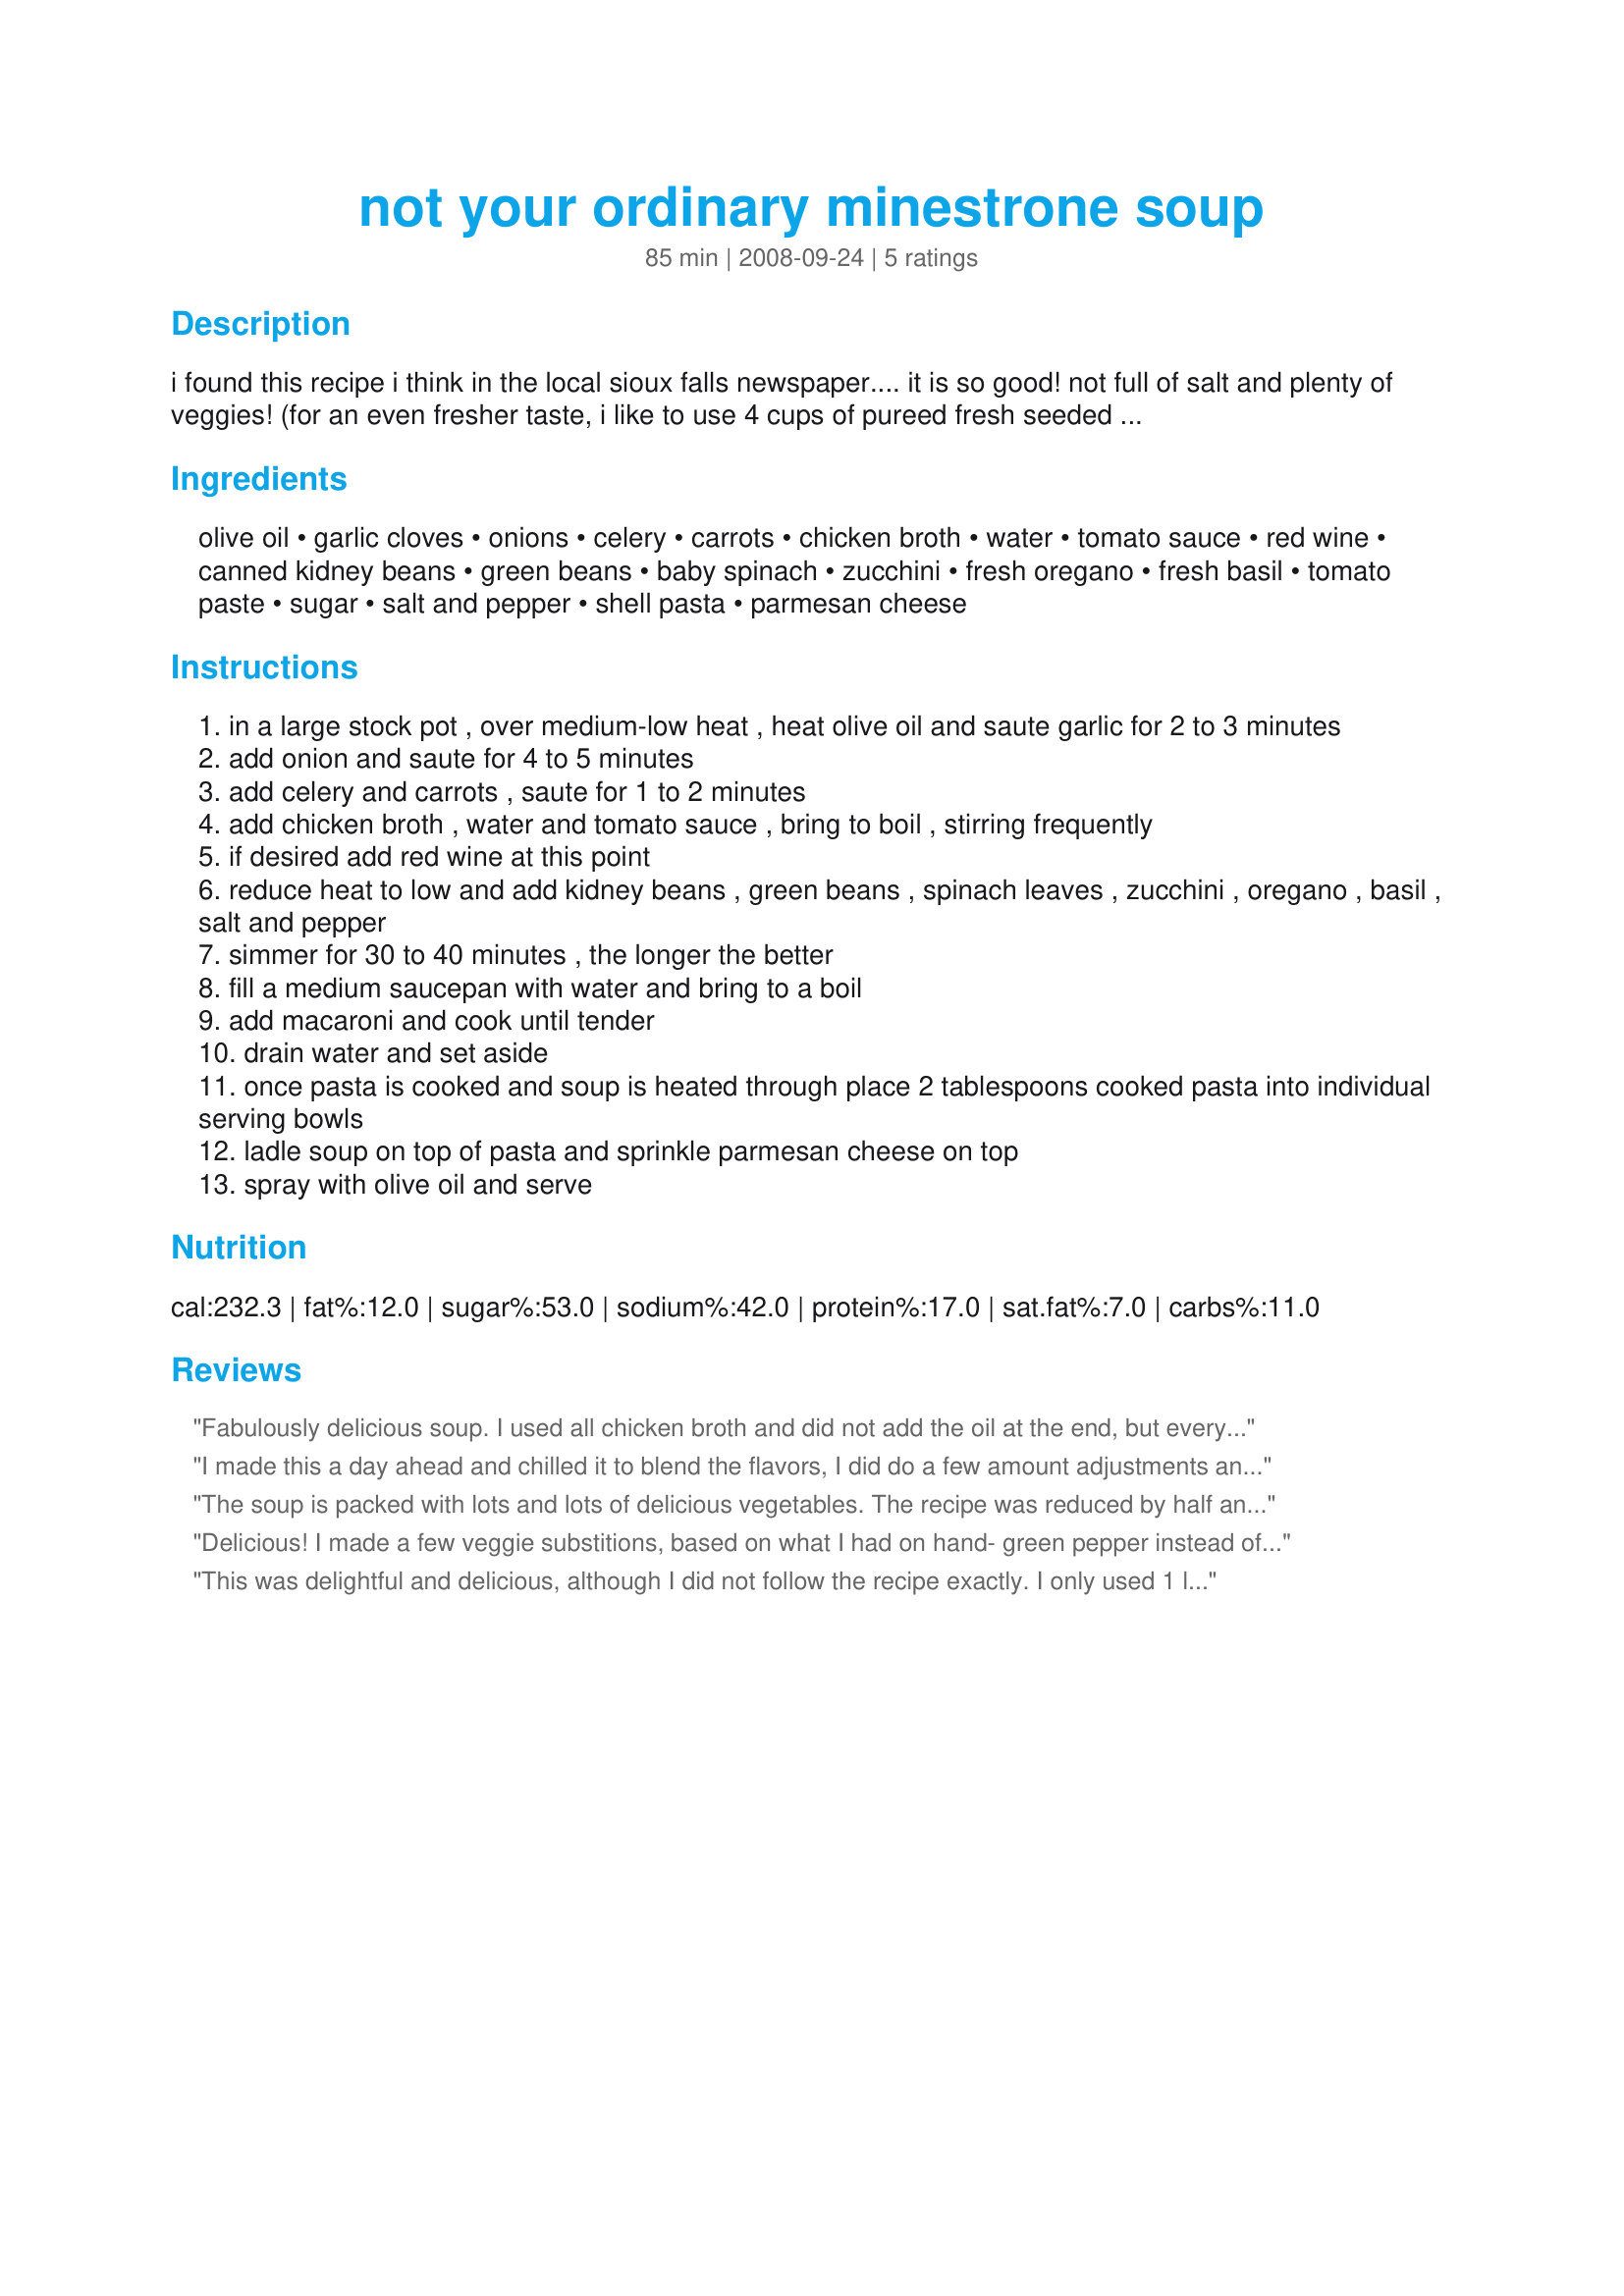
not your ordinary minestrone soup
Preparation time: 85 minutes

i found this recipe i think in the local sioux falls newspaper.... it is so good! not full of salt and plenty of veggies! (for an even fresher taste, i like to use 4 cups of pureed fresh seeded roma tomatoes)

Ingredients:
olive oil, garlic cloves, onions, celery, carrots, chicken broth, water, tomato sauce, red wine, canned kidney beans, green beans, baby spinach, zucchini, fresh oregano, fresh basil, tomato paste, sugar, salt and pepper, shell pasta, parmesan cheese

Steps:
in a large stock pot , over medium-low heat , heat olive oil and saute garlic for 2 to 3 minutes
add onion and saute for 4 to 5 minutes
add celery and carrots , saute for 1 to 2 minutes
add chicken broth , water and tomato sauce , bring to boil , stirring frequently
if desired add red wine at this point
reduce heat to low and add kidney beans , green beans , spinach leaves , zucchini , oregano , basil , salt and pepper
simmer for 30 to 40 minutes , the longer the better
fill a medium saucepan with water and bring to a boil
add macaroni and cook until tender
drain water and set aside
once pasta is cooked and soup is heated through place 2 tablespoons cooked pasta into individual serving bowls
ladle soup on top of pasta and sprinkle parmesan cheese on top
spray with olive oil and serve

Reviews:
Fabulously delicious soup. I used all chicken broth and did not add the oil at the end, but everything else was true to the recipe. I like adding the cooked pasta to each serving--keeps the pasta from soaking up all the broth. Fresh herbs were a plus. Thanks for posting.
I made this a day ahead and chilled it to blend the flavors, I did do a few amount adjustments and omitted the zucchini, I only use zucchini from my garden it's just to expensive to buy right now, also I used dried oregano and basil, I omitted the olive oil at the end, this was included in a take-home pack for my DS and was thoroughly enjoyed, thanks Kitty!
The soup is packed with lots and lots of delicious vegetables. The recipe was reduced by half and a whole can of kidney beans was used with the green beans being omitted. The soup was cooked for about 25 minutes then the pasta and squash were added and cooked until the pasta was tender. The vegetables retained their texture with a slight crispness. This was served with fresh grated Parmesan cheese.
Delicious! I made a few veggie substitions, based on what I had on hand- green pepper instead of celery and broccoli instead of zucchini. I also used multigrain pasta (and less of them, as I wanted the focus on the veggies). I also added the pasta directly to the pot with the kidney beans for the simmering period, while holding out the fresh green beans and broccoli. I prefer those veggies crisp, so I added them just a few minutes before serving, so that they had a lightly-steamed texture. Thanks for a keeper!
This was delightful and delicious, although I did not follow the recipe exactly. I only used 1 large zucchini, as my pot was beginning to get too full. Rather than cooking the pasta separately, I added it dry to the soup during the last 15 minutes of simmering. Then, at the very end, I added the parmesan and stirred it in until dissolved. I did not use the olive oil at the end. We really enjoyed the garden-fresh flavors of this soup. Made for Kittencal's Fall Mini Cook-a-Thon.
